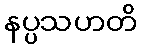
နပ္ပသဟတိ